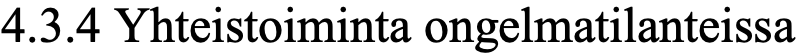
4.3.4 Yhteistoiminta ongelmatilanteissa